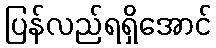
ပြန်လည်ရရှိအောင်